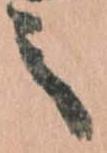
之